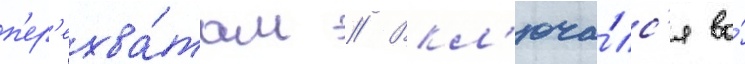
п'ер'ехва́там // Вкл'юча́лс'я во́